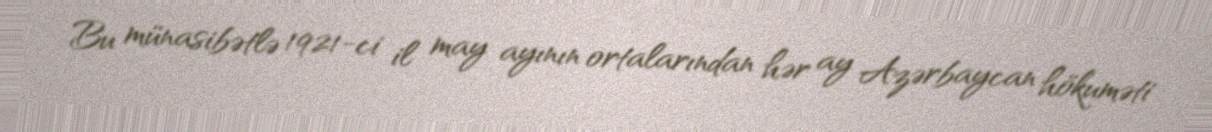
Bu münasibətlə 1921-ci il may ayının ortalarından hər ay Azərbaycan hökuməti